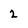
Character: 2